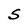
Character: S